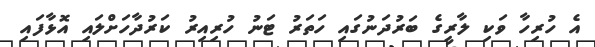
އެ ހުރިހާ ވަކި ލާރީގެ ބަރުދަނުގައި ހަތަރު ޓަނު ހުރިއިރު ކަރުދާހަށްލައި އޮޅާފައި